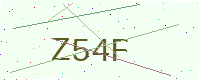
Text: Z54F